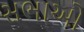
સભાઓ